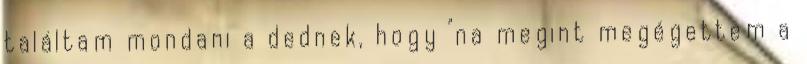
találtam mondani a dednek, hogy "na megint megégettem a